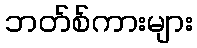
ဘတ်စ်ကားများ